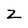
Character: Z